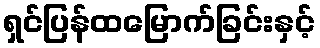
ရှင်ပြန်ထမြောက်ခြင်းနှင့်